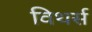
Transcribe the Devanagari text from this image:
विथर्स